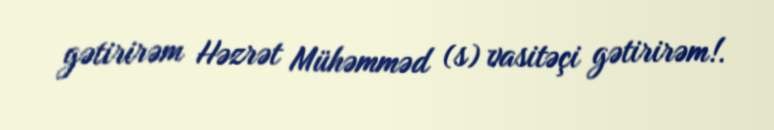
gətirirəm Həzrət Mühəmməd (s) vasitəçi gətirirəm!.